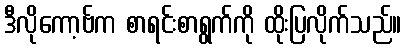
ဒီလိုကော့ဗ်က စာရင်းစာရွက်ကို ထိုးပြလိုက်သည်။